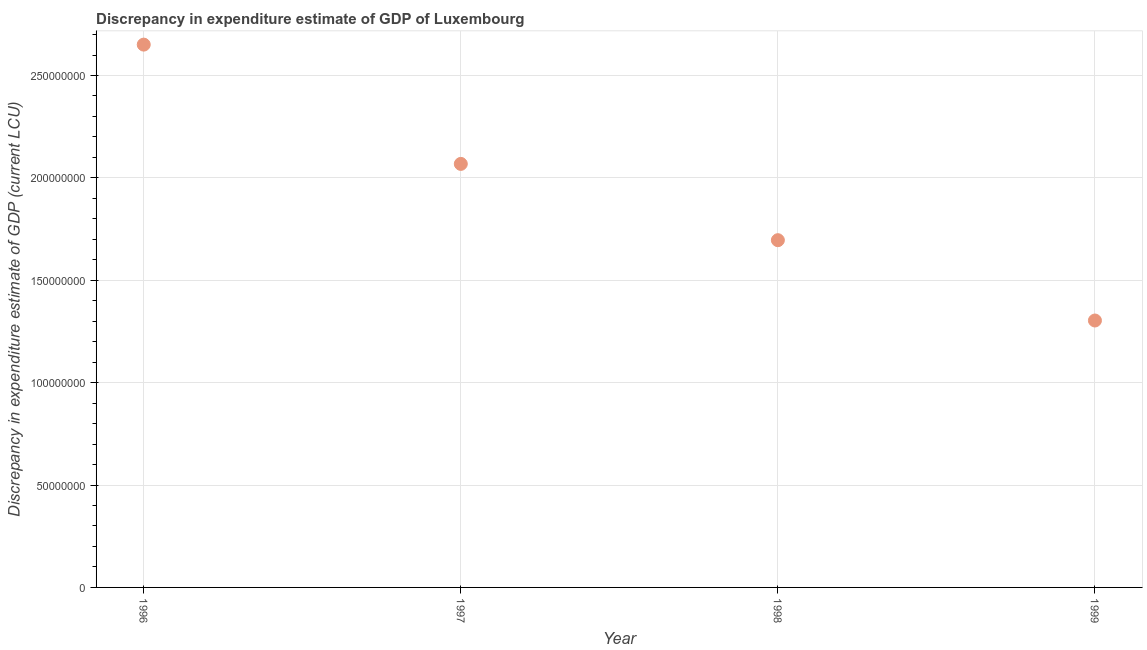
| Year | Discrepancy current LCU |
 | --- | --- |
 | 1996 | 2.65e+08 |
 | 1997 | 2.07e+08 |
 | 1998 | 1.7e+08 |
 | 1999 | 1.3e+08 |